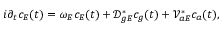
i \partial _ { t } c _ { E } ( t ) = ω _ { E } c _ { E } ( t ) + \mathcal { D } _ { g E } ^ { * } c _ { g } ( t ) + \mathcal { V } _ { a E } ^ { * } c _ { a } ( t ) ,